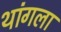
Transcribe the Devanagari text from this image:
थांगला